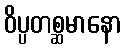
ဝိပ္ပတစ္ဆမာနော